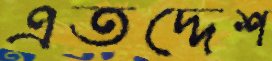
এতদ্দেশ